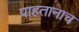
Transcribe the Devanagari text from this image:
पाहतानाच